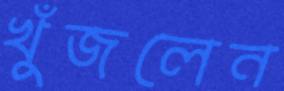
খুঁজলেন